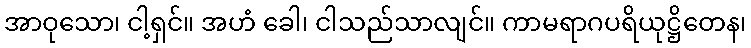
အာဝုသော၊ ငါ့ရှင်။ အဟံ ခေါ၊ ငါသည်သာလျင်။ ကာမရာဂပရိယုဋ္ဌိတေန၊